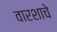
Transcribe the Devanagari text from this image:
वारशाचे